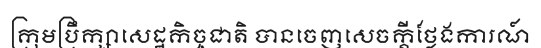
ក្រុមប្រឹក្សាសេដ្ឋកិច្ចជាតិ បានចេញសេចក្តីថ្លែងការណ៍